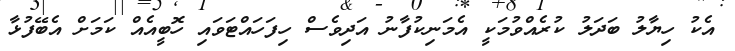
އެކު ހިޔާލު ބަދަލު ކުރެއްވުމަކީ އެމަނިކުފާނު އަދިވެސް ހިފަހައްޓަވައި ހޮބީއެއް ކަމަށް އެބޭފުޅާ